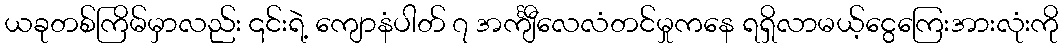
ယခုတစ်ကြိမ်မှာလည်း ၎င်းရဲ့ ကျောနံပါတ် ၇ အင်္ကျီလေလံတင်မှုကနေ ရရှိလာမယ့်ငွေကြေးအားလုံးကို